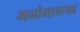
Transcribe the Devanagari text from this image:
मनोभावापन्न